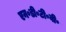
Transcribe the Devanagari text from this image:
एन॰डी॰टी॰वी॰